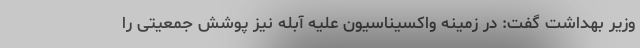
وزیر بهداشت گفت: در زمینه واکسیناسیون علیه آبله نیز پوشش جمعیتی را